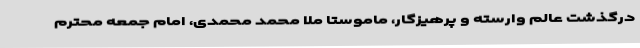
درگذشت عالم وارسته و پرهیزگار، ماموستا ملا محمد محمدی، امام جمعه محترم